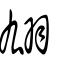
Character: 翃